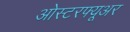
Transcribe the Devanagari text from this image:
ओस्टरफ्यूअर